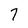
Character: 7